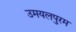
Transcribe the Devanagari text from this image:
उमयलपुरम